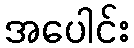
အပေါင်း